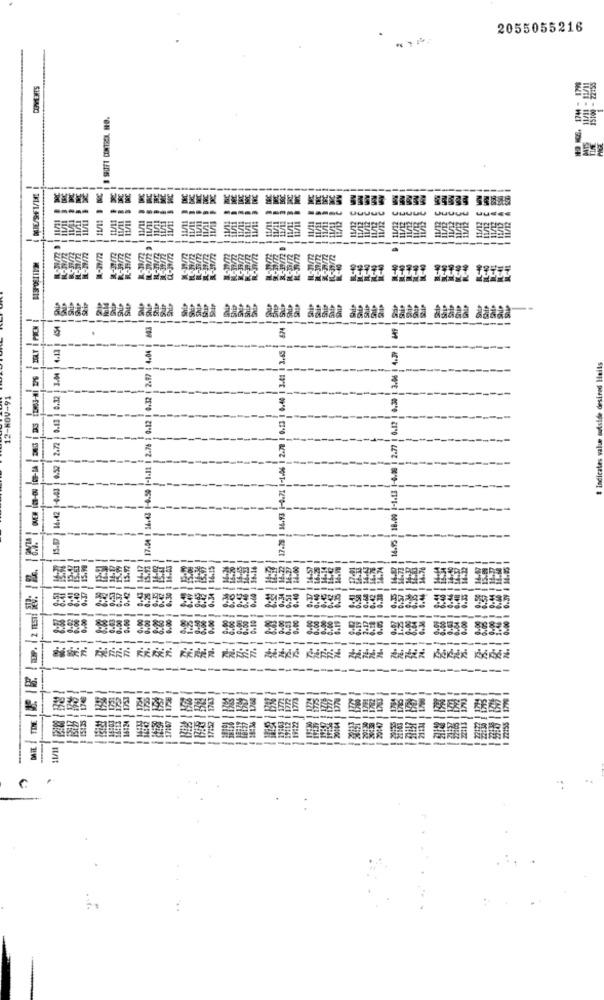
2055055216
器:
SHIFT CINTAEL RO.
版
aa aaaaa aaaaa aaaaa aaaaa aaaaa
4.04 |
4.39
--
12-NOV-91
-
-
35
88828
----